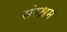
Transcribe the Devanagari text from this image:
संरक्षम